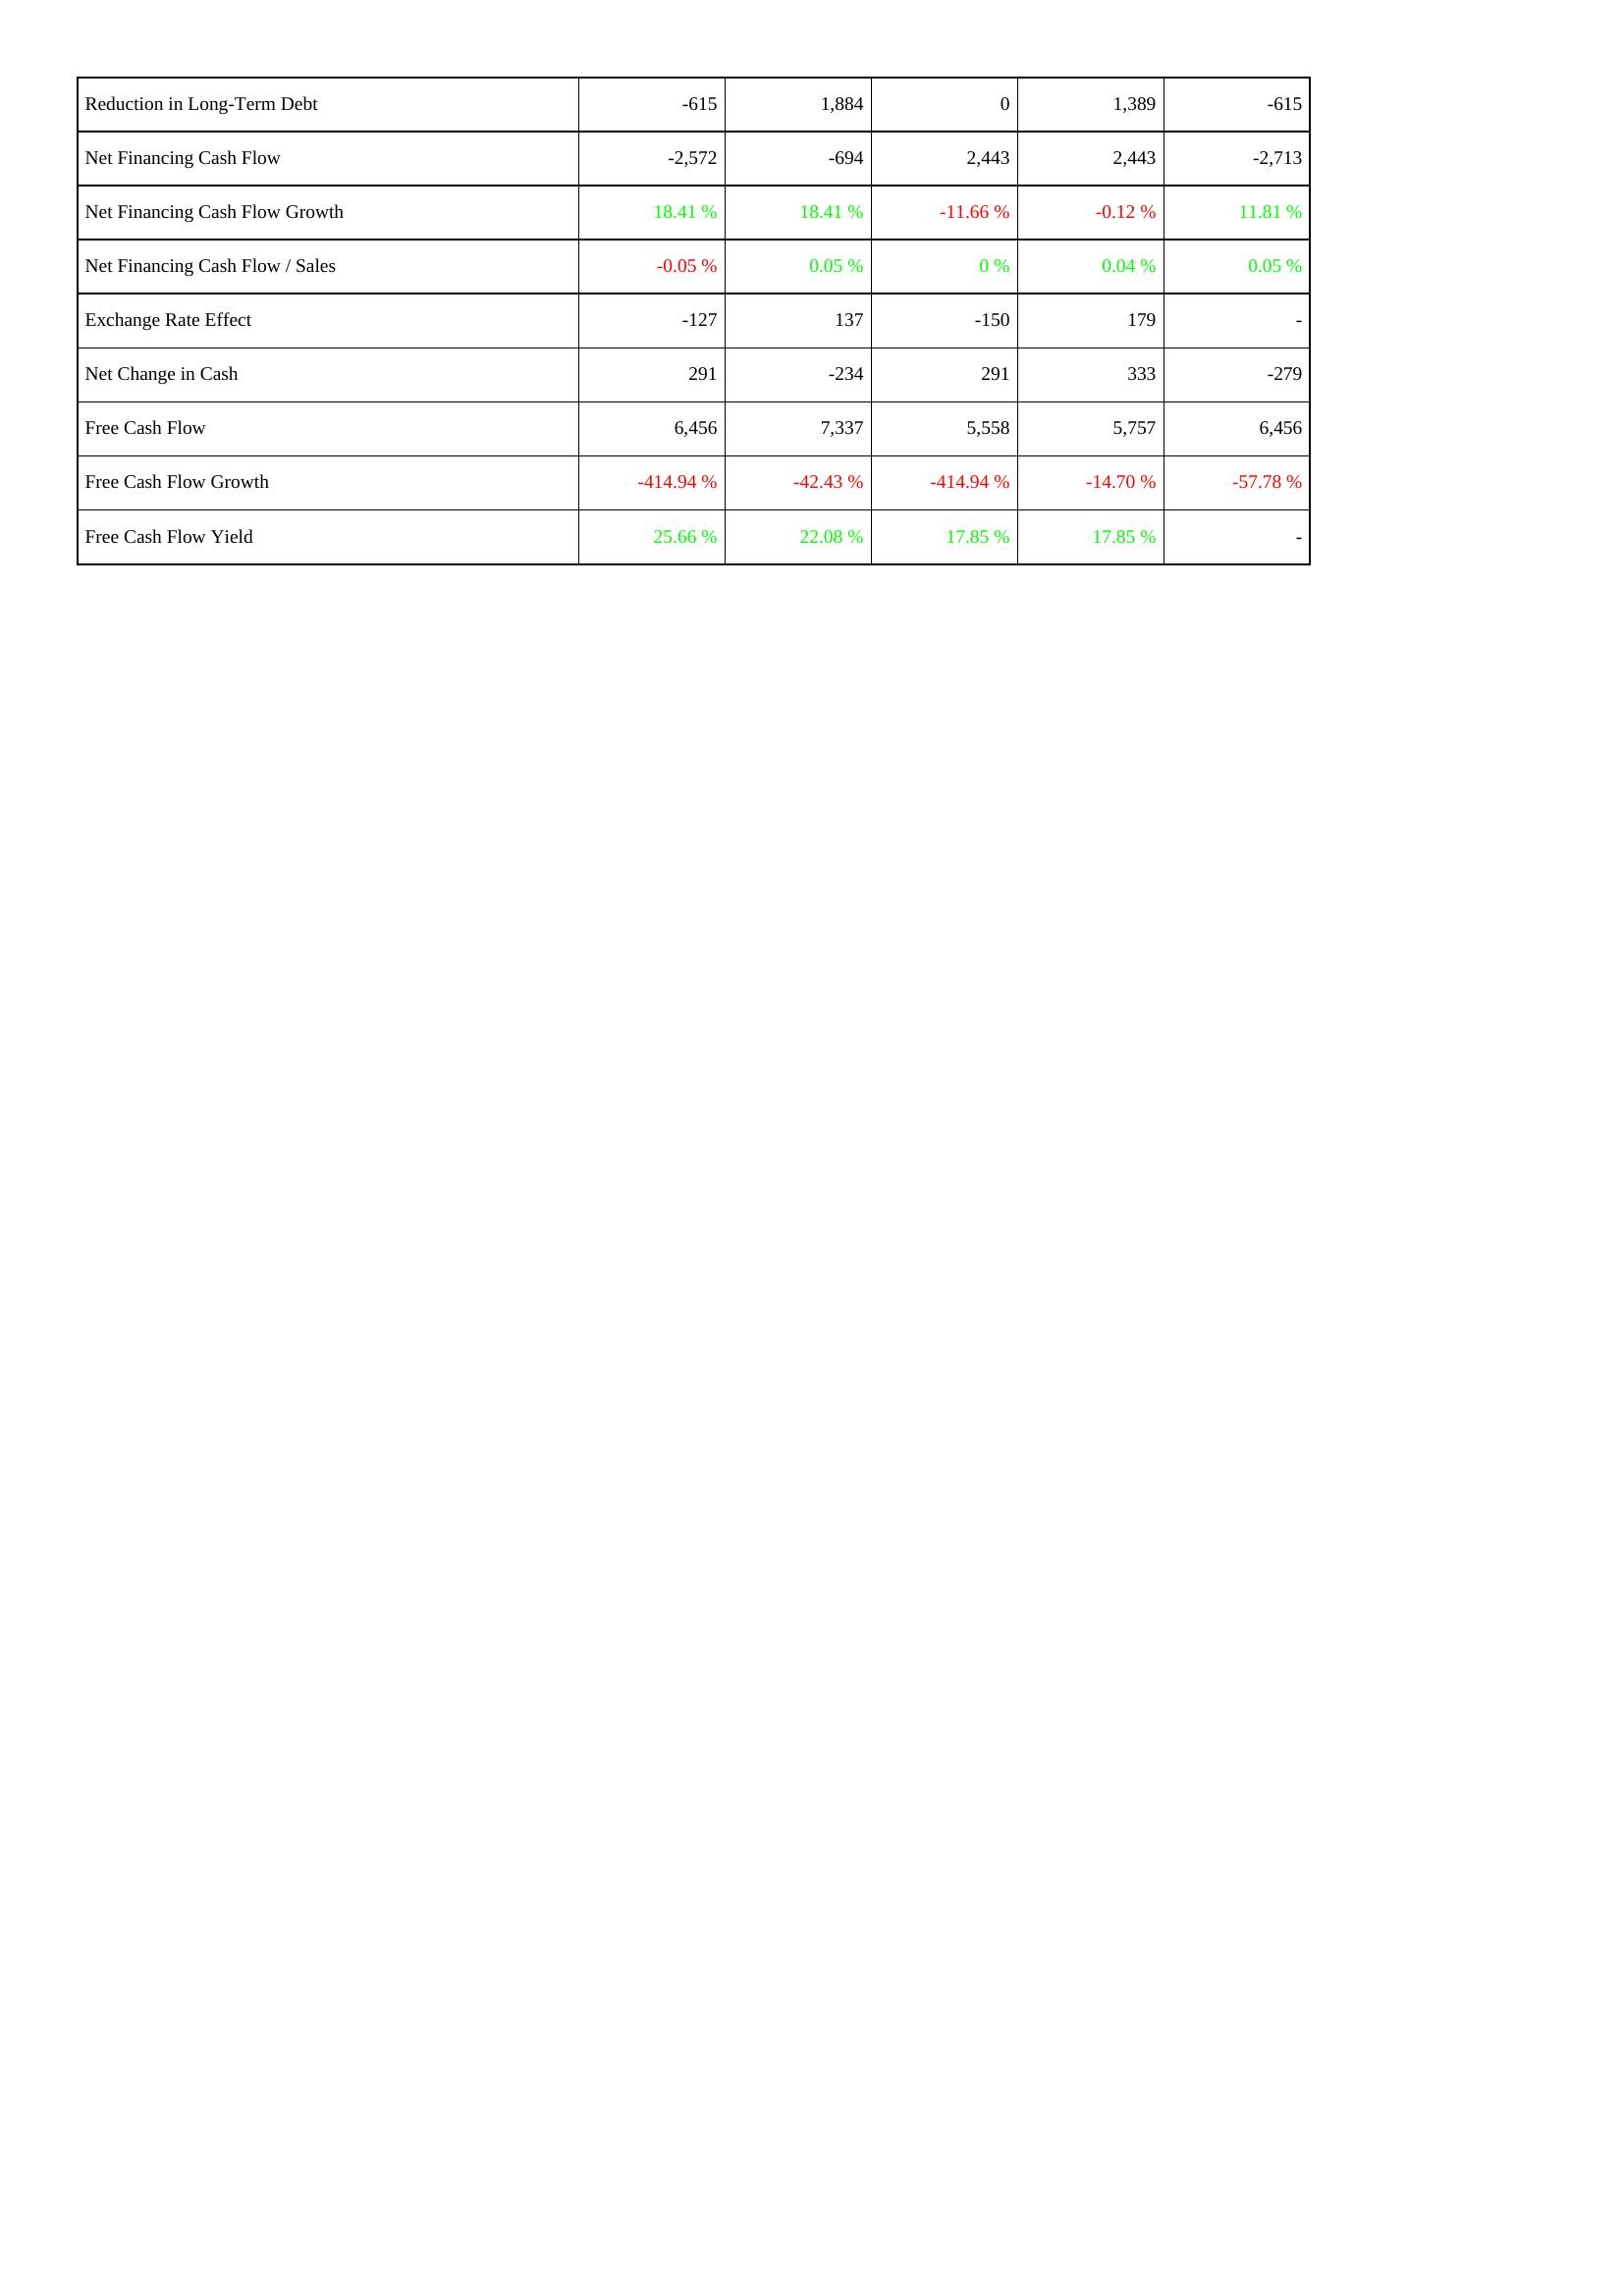
2014: Financing Activities: Reduction in Long-Term Debt: -615
Net Financing Cash Flow: -2,572
Net Financing Cash Flow Growth: 18.41 %
Net Financing Cash Flow / Sales: -0.05 %
Exchange Rate Effect: -127
Net Change in Cash: 291
Free Cash Flow: 6,456
Free Cash Flow Growth: -414.94 %
Free Cash Flow Yield: 25.66 %
2013: Financing Activities: Reduction in Long-Term Debt: 1,884
Net Financing Cash Flow: -694
Net Financing Cash Flow Growth: 18.41 %
Net Financing Cash Flow / Sales: 0.05 %
Exchange Rate Effect: 137
Net Change in Cash: -234
Free Cash Flow: 7,337
Free Cash Flow Growth: -42.43 %
Free Cash Flow Yield: 22.08 %
2012: Financing Activities: Reduction in Long-Term Debt: 0
Net Financing Cash Flow: 2,443
Net Financing Cash Flow Growth: -11.66 %
Net Financing Cash Flow / Sales: 0 %
Exchange Rate Effect: -150
Net Change in Cash: 291
Free Cash Flow: 5,558
Free Cash Flow Growth: -414.94 %
Free Cash Flow Yield: 17.85 %
2011: Financing Activities: Reduction in Long-Term Debt: 1,389
Net Financing Cash Flow: 2,443
Net Financing Cash Flow Growth: -0.12 %
Net Financing Cash Flow / Sales: 0.04 %
Exchange Rate Effect: 179
Net Change in Cash: 333
Free Cash Flow: 5,757
Free Cash Flow Growth: -14.70 %
Free Cash Flow Yield: 17.85 %
2010: Financing Activities: Reduction in Long-Term Debt: -615
Net Financing Cash Flow: -2,713
Net Financing Cash Flow Growth: 11.81 %
Net Financing Cash Flow / Sales: 0.05 %
Exchange Rate Effect: -
Net Change in Cash: -279
Free Cash Flow: 6,456
Free Cash Flow Growth: -57.78 %
Free Cash Flow Yield: -